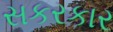
સકરકાર